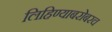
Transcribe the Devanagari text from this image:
लिहिण्याबरोबरच